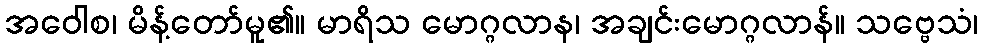
အဝေါစ၊ မိန့်တော်မူ၏။ မာရိသ မောဂ္ဂလာန၊ အချင်းမောဂ္ဂလာန်။ သဗ္ဗေသံ၊